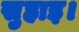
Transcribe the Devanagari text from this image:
सुहाइ।